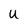
Character: u